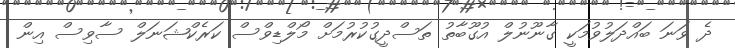
ދެ ވަނަ ބައްދަލުވުމަކީ ގާނޫނުލް އުގޫބާތު ތަސްދީގުކުރުމަށް މޯލްޑިވްސް ކަރެކްޝަނަލް ސާވިސް އިން